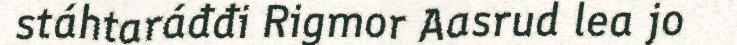
stáhtaráđđi Rigmor Aasrud lea jo